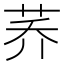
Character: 荞